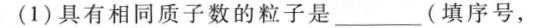
(1)具有相同质子数的粒子是______(填序号，